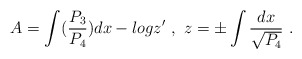
\begin{align*}A = \int ({P_3 \over P_4})dx - log z'\ ,\ z = \pm\int {dx \over \sqrt{P_4}}\ .\end{align*}